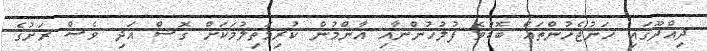
ދިއްދޫގައި ހަނުޖެހުންތައް ބޮޑުވެ ފުލުހުންނާއި އާންމުން ކުރިމަތިލުމަކަށް ގޮސް އަދި ވެސް ރަށުގެ